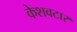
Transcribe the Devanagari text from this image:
केशवटार